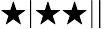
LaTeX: \bigstar|\bigstar\bigstar||